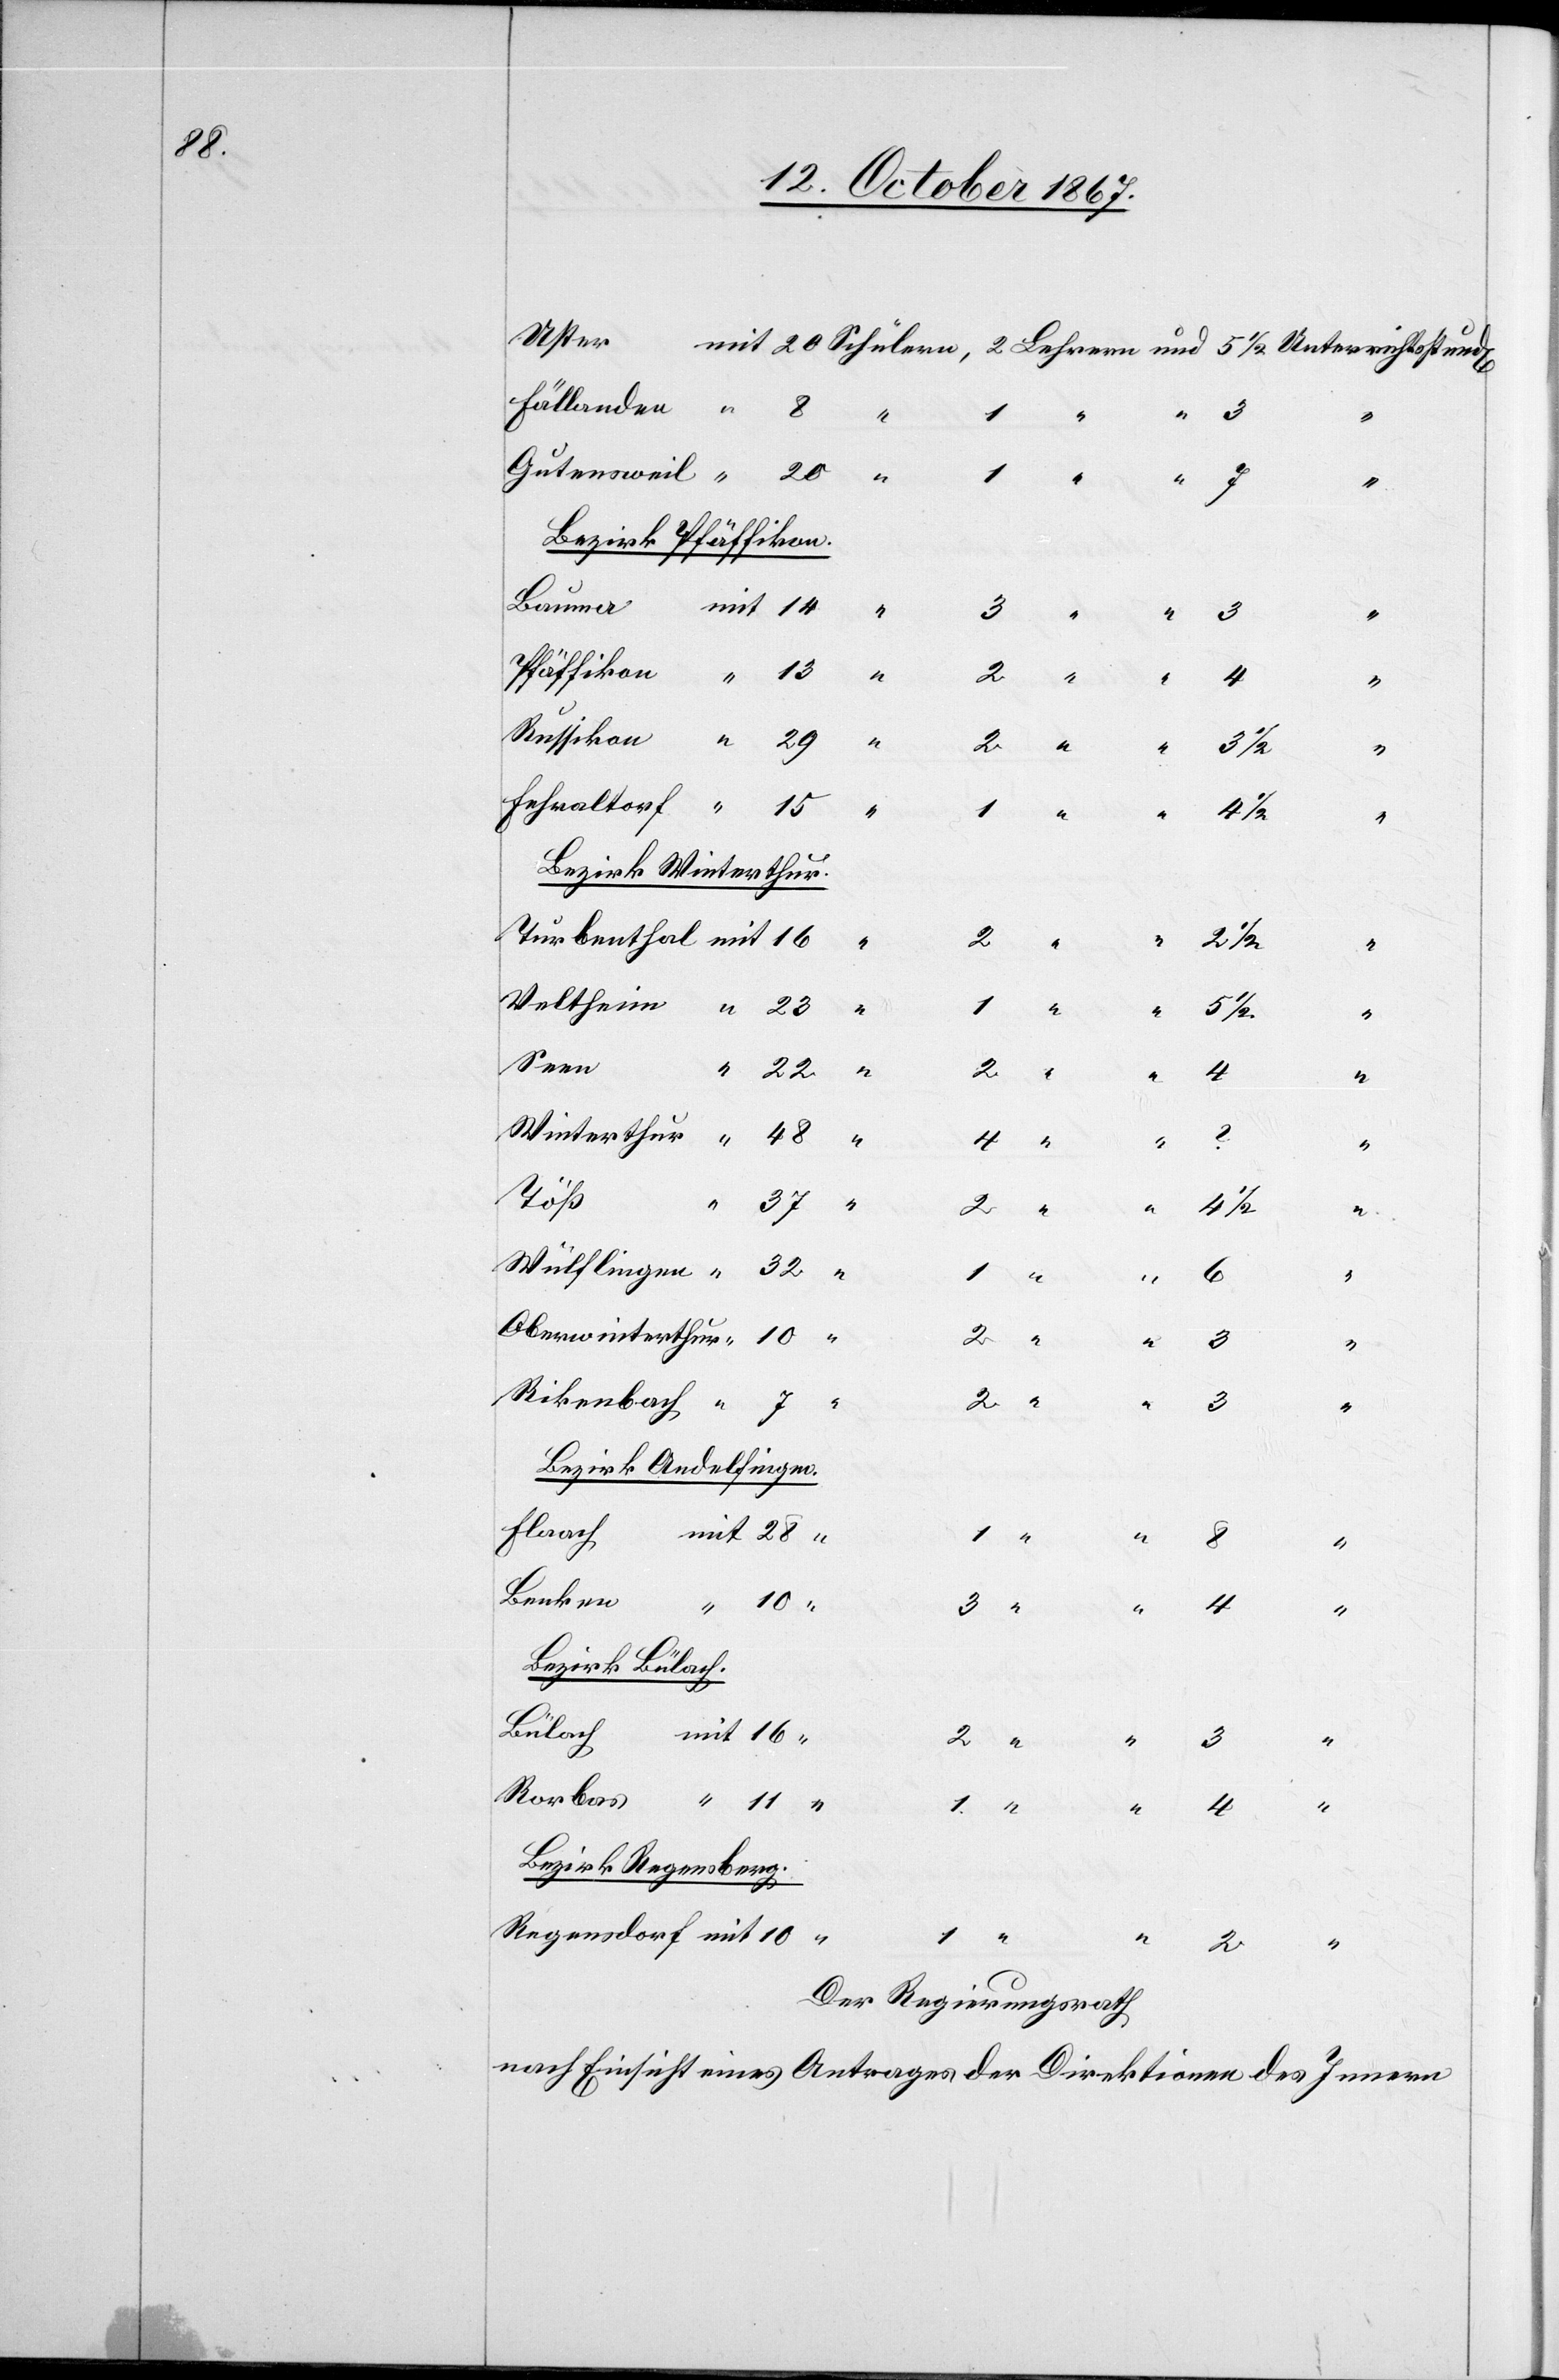
14

“
3
Bezirk Pfäffikon.
“
Bezirk Winterthur.
4
½
Seen
mit
Töß
2
4 ½
Oberwinterthur
3
Rikenbach
Bezirk Andelfingen.
Flaach
Benken
10
Bezirk Bülach.
Bülach
Rorbas
Bezirk Regensberg.
Der Regierungsrath,
nach Einsicht eines Antrages der Direktionen des Innern